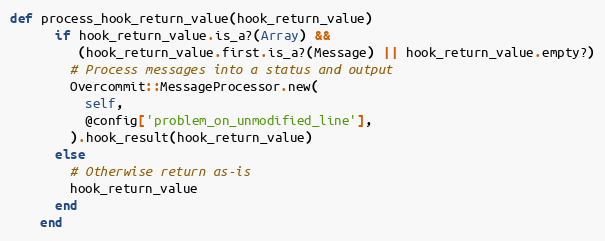
Language: Ruby
def process_hook_return_value(hook_return_value)
      if hook_return_value.is_a?(Array) &&
         (hook_return_value.first.is_a?(Message) || hook_return_value.empty?)
        # Process messages into a status and output
        Overcommit::MessageProcessor.new(
          self,
          @config['problem_on_unmodified_line'],
        ).hook_result(hook_return_value)
      else
        # Otherwise return as-is
        hook_return_value
      end
    end